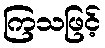
ကြသဖြင့်